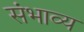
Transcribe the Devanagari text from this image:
संभाव्‍य